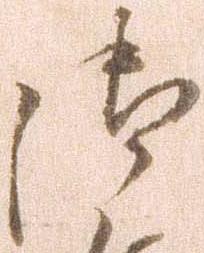
御